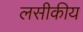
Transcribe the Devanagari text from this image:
लसीकीय